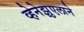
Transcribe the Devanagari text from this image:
व्हेनेझुएलाने